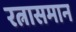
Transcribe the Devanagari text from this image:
रत्नासमान